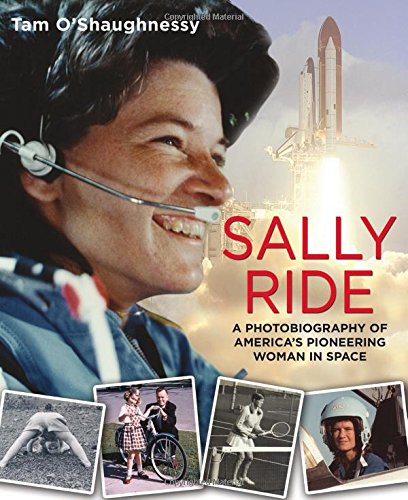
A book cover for Sally Ride: A Photobiography of America's Pioneering Woman in Space; Tam O'Shaughnessy; Children's Books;